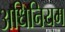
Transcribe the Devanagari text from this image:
अधिनियम